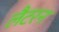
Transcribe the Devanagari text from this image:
लैटरन